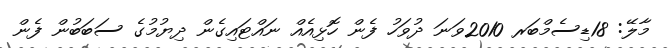
މާލޭ: 18ޑިސެމްބަރ 2010ވަނަ ދުވަހު ފެން ހޮޅިއެއް ނައްޓައިގެން ދިޔުމުގެ ސަބަބުން ފެން